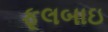
ફૂલબાઇ